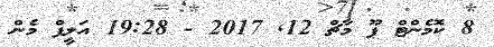
8 ކޮމެންޓް ޕޫ މާޗް 12